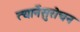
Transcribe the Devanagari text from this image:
त्यानेंसुरोचन